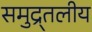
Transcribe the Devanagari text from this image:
समुद्र्तलीय